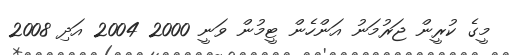
މީގެ ކުރީން ޖަރުމަނު އަންހެން ޓީމުން ވަނީ 2000 2004 އަދި 2008